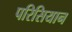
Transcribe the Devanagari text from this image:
परिसियान